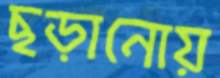
ছড়ানোয়